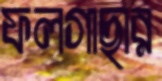
ফলগাছার